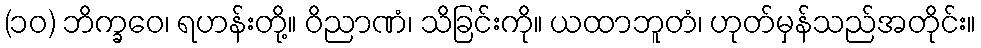
(၁၀) ဘိက္ခဝေ၊ ရဟန်းတို့။ ဝိညာဏံ၊ သိခြင်းကို။ ယထာဘူတံ၊ ဟုတ်မှန်သည်အတိုင်း။